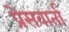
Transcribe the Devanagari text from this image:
प्रेसवार्ता